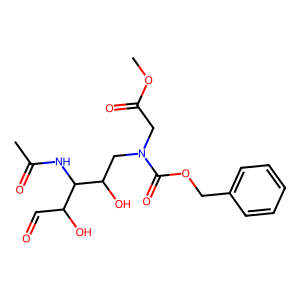
SMILES: COC(=O)CN(CC(O)C(NC(C)=O)C(O)C=O)C(=O)OCc1ccccc1
Inhibits HIV replication: No